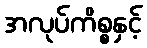
အလုပ်ကိစ္စနှင့်